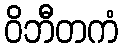
ဝိဘီတကံ